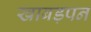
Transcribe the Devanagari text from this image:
खाबड़पन